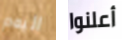
اليوم أعلنوا